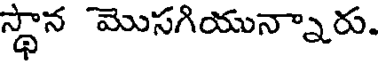
స్థాన మొసగియున్నారు.